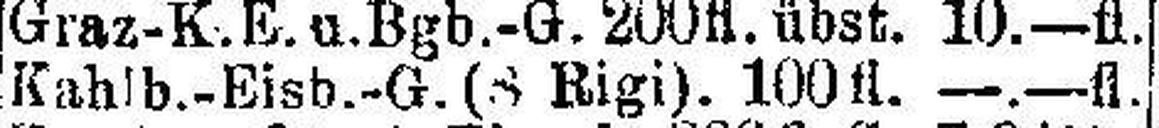
Kahlb.-Eisb.-G. (S Rigi). 100 fl. —.—fl.